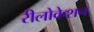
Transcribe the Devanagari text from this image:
रीलोकेशन